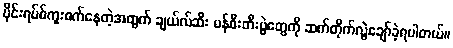
ဗိုင်းရပ်စ်ကူးစက်နေတဲ့အတွက် ချယ်လ်ဆီး မန်စီးတီးပွဲတွေကို ဆက်တိုက်လွဲချော်ခဲ့ရပါတယ်။